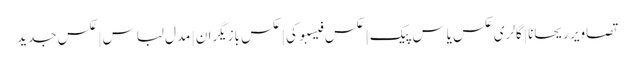
تصاویر ریحانا | گالری عکس یاس پیک | عکس فیسبوکی | عکس بازیگران | مدل لباس | عکس جدید